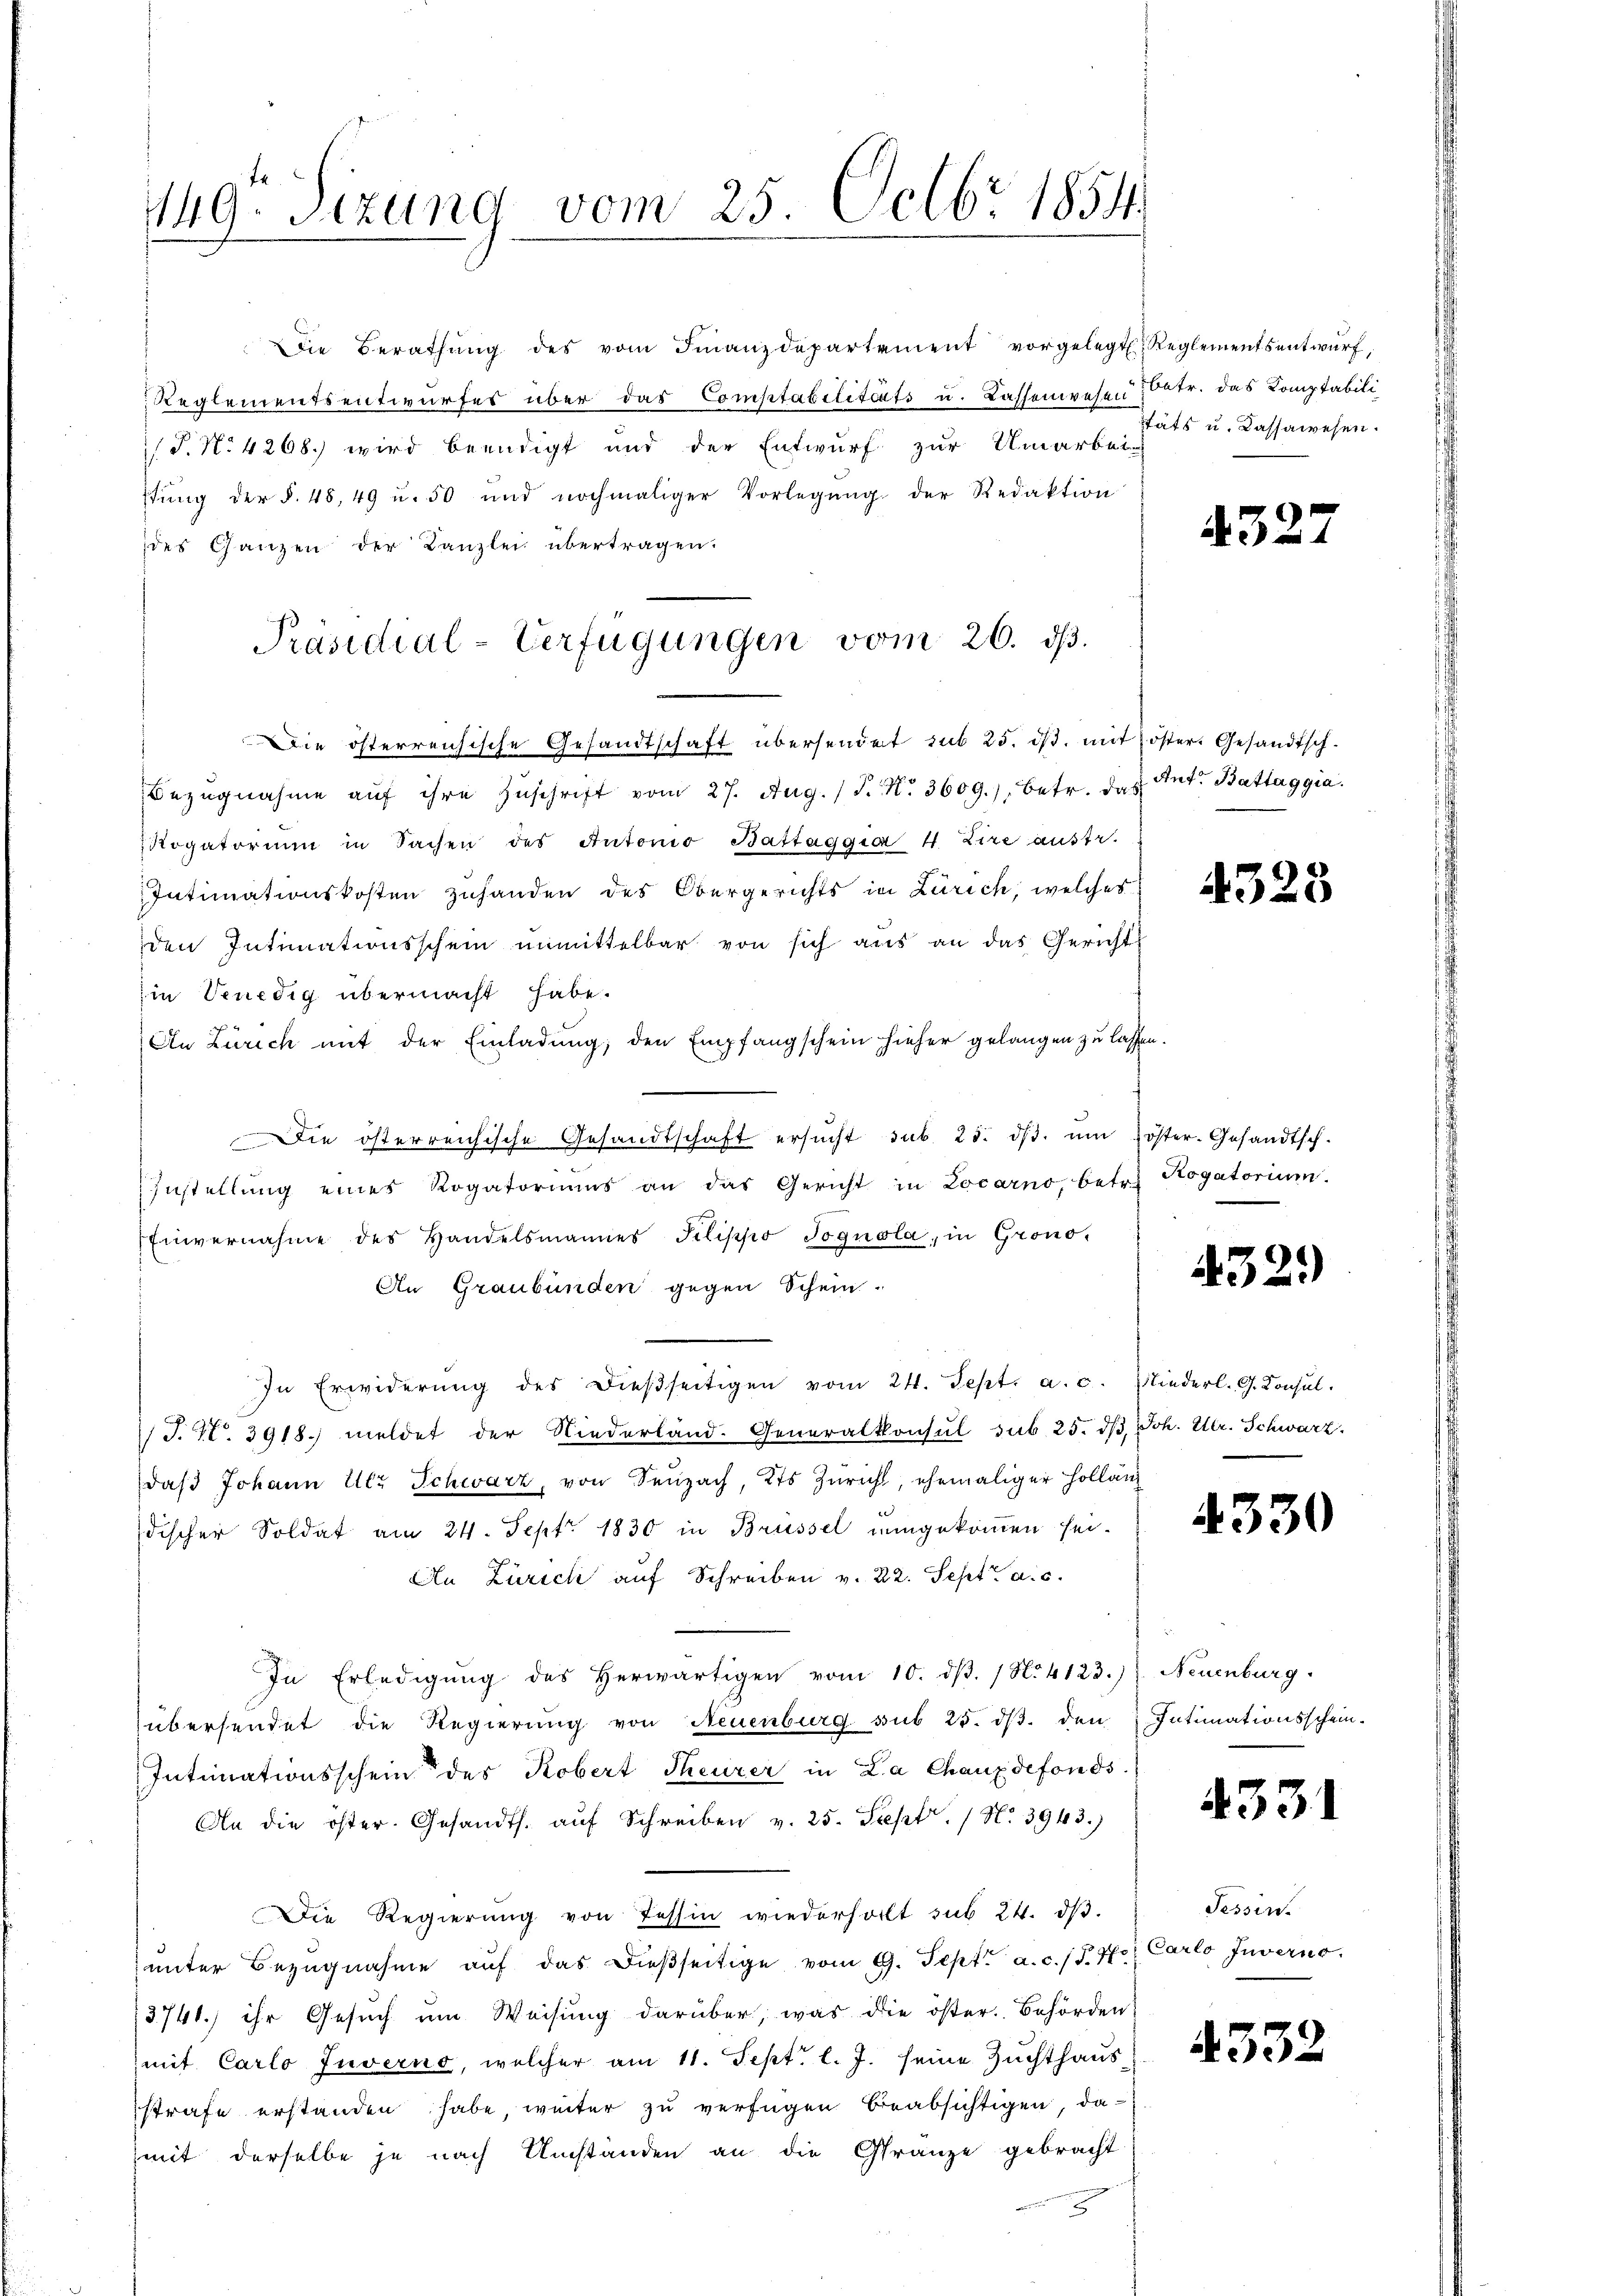
149. Sezung vom 25. Octbr 1854.

Die Berathŭng des vom Finanzdepartement vorgelegt. Reglementsentwŭrf,
Reglementsentwurfes über das Comptabilitäts u. Kassenwesen Datr. das Komptabili
/T. N. 4268.) wird beendigt und der Entwurf zur Umarbei-
stŭng der §. 48, 49 u. 50 und nochmaliger Vorlegŭng der Redaktion
des Ganzen der Kanzlei übertragen.
Die österreichische Gesandtschaft übersendet sub 25. ds. mit öster. Gesandtsch.
Bezŭgnahme aŭf ihre Zuschrift vom 27. Aug. (T. N. 3609.) Betr. das Ant. Battaggia.
Rogatorium in Sachen des Autorio Battaggia 4 Lire austr.
Intimationskosten zuhanden des Obergerichts in Zürich, welches
den Intimationsschein unmittelbar von sich aus an das Gericht
in Venedig übermacht habe.
An Zürich mit der Einladung, den Empfangschein hieher gelangen zu lassen.
Die österreichische Gesandtschaft ersŭcht sub. 25. dβ. ŭm öster-Gesandtsch.
Zustellung eines Rogatoriums an das Gericht in Locarno, betr. Rogatorium
Einvernahme des Handelsmannes Pilippo Jognola, in Grono¬
An Graubünden gegen Schein-
In Erwiderŭng des dieβseitigen vom 24. Sept. a. c. Wiederl. G. Konsŭl.
T. N. 3918.) meldet der Niederland. Generalkonsul sub. 25. dβ, Joh. Ulr. Schwarz.
daβ Johann Ulr Schwarz, von Seuzach, Kts Züricht, ehemaliger Hollän
discher Soldat am 24. Sept. 1830 in Brüssel eingekommen sei.
An Zürich auf Schreiben v. 22. Sept. a. c.
In Erledigŭng des herwärtigen vom 10. dβ. (N. 4123.) Neuenburg.
übersendet die Regierung von Neuenburg sub 25. dβ den Intimationsschein-
Intimationsschein des Robert Theurer in La Chauxdefonds.
An die öster. Gesandts. aŭf Schreiben v. 25. Sept. / N. 3943.)
Die Regierŭng von Tessin wiederholt sub 24. dβ.
ŭnter Bezŭgnahme aŭf das dießseitige vom 9. Sept. a. c. fr. f. Carlo Juverno
3741.) ihr Gesuch um Weisung darüber, was die öster Behörden
mit Carlo Juverno, welcher am 11. Sept. l. J. seine Zuchthausstrafe erstanden habe, weiter zu verfügen beabsichtigen, damit derselbe je nach Umständen an die Gränze gebracht
2

Präsidial-Verfügungen vom 26. d.

stäts u. Kassawesen.

4327

4328

432.)

4330

4331

Tessin.

4332